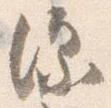
深